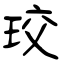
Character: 珓